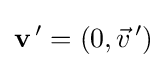
\mathbf {v} ^{\,\prime }=(0,{\vec {v}}^{\,\prime })